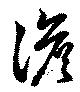
澹